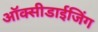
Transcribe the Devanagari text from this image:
ऑक्सीडाईजिंग